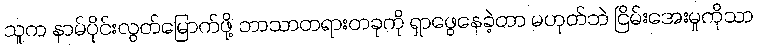
သူက နာမ်ပိုင်းလွတ်မြောက်ဖို့ ဘာသာတရားတခုကို ရှာဖွေနေခဲ့တာ မဟုတ်ဘဲ ငြိမ်းအေးမှုကိုသာ